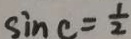
\sin C = \frac { 1 } { 2 }